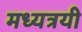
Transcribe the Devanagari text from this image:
मध्यत्रयी